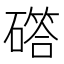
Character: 𮁇